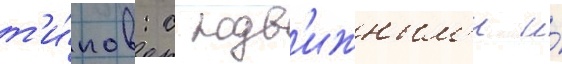
т'и́пов: с подв'ижным'и и́